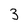
Character: 3